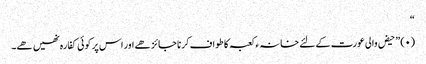
“
(۰) ” حیض والی عورت کے لئے خانہ ء کعبہ کا طواف کرنا جائز ھے اور اس پر کوئی کفارہ نھیں ھے۔